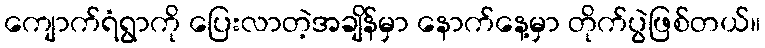
ကျောက်ရံရွာကို ပြေးလာတဲ့အချိန်မှာ နောက်နေ့မှာ တိုက်ပွဲဖြစ်တယ်။